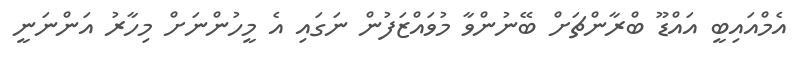
އެމްއައިބީ އައްޑޫ ބްރާންޗަށް ބޭނުންވާ މުވައްޒަފުން ނަގައި އެ މީހުންނަށް މިހާރު އަންނަނީ